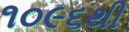
૧૦૯૬થી